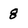
Character: 8